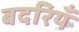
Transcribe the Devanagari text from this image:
बदरियँ